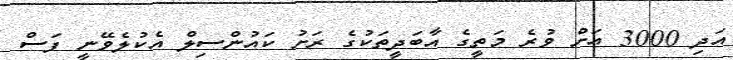
އަދި 3000 އަށް ވުރެ މަތީގެ އާބަދީތަކުގެ ރަށު ކައުންސިލް އެކުލެވޭނީ ފަސް